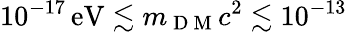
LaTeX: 10^{-17}\, \mathrm{eV}\lesssim m_{\mathrm{~D~M~}}c^{2}\lesssim 10^{-13}